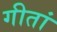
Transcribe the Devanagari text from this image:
गीतां